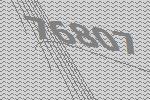
76807